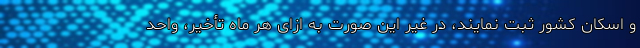
و اسکان کشور ثبت نمایند، در غیر این ‌صورت به ازای هر ماه تأخیر، واحد